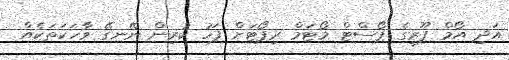
އަދި އޯމް ޕޫރީގެ ޕޯސްޓް މޯޓަމް ރިޕޯޓަށް ފަހު ކުރިން ނޭނގޭ ވާހަކަތަކެއް